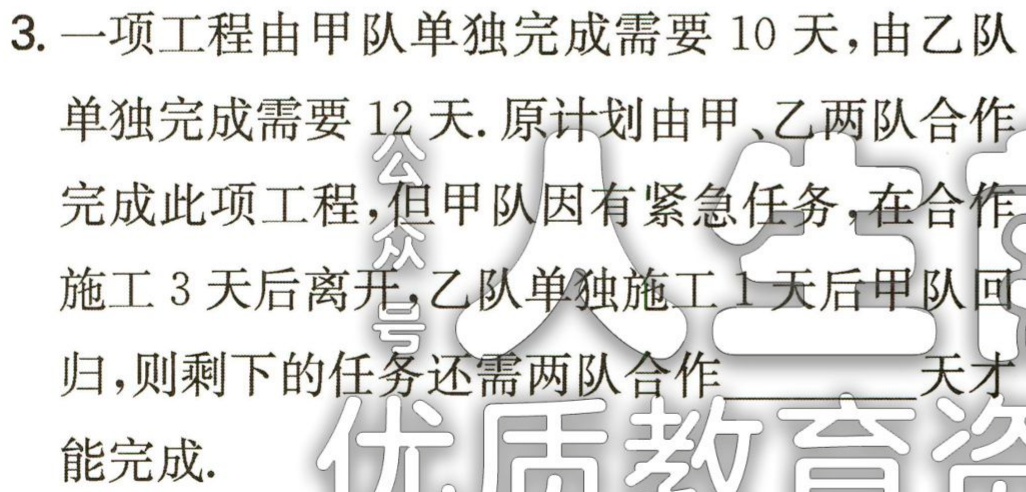
3. 一项工程由甲队单独完成需要 10 天，由乙队单独完成需要 12 天. 原计划由甲、乙两队合作完成此项工程，但甲队因有紧急任务，在合作施工 3 天后离开，乙队单独施工 1 天后甲队回归，则剩下的任务还需两队合作____天才能完成.